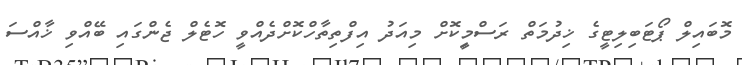
މޮބައިލް ޕޯޓަބިލިޓީގެ ޚިދުމަތް ރަސްމިީކޮށް މިއަދު އިފްތިތާހްކޮށްދެއްވީ ހޮޓެލް ޖެންގައި ބޭއްވި ޚާއްސަ